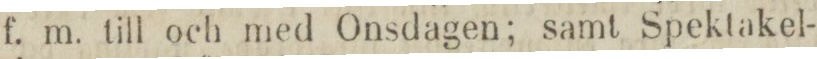
f. m. till och med Onsdagen; samt Spektakel-